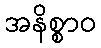
အနိစ္စာဝ